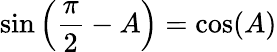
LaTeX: \sin\left({\frac{\pi}{2}}-A\right)=\cos(A)